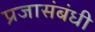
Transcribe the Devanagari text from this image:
प्रजासंबंधी